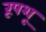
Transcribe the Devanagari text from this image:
रूपशू